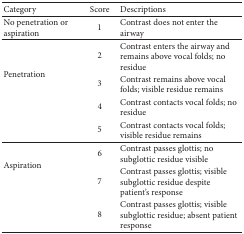
<table><thead><tr><td><b>Category </b></td><td><b>Score </b></td><td><b>Descriptions </b></td></tr></thead><tbody><tr><td>No penetration or aspiration</td><td>1</td><td>Contrast does not enter the airway</td></tr><tr><td rowspan="4">Penetration</td><td>2</td><td>Contrast enters the airway and remains above vocal folds; no residue</td></tr><tr><td>3</td><td>Contrast remains above vocal folds; visible residue remains </td></tr><tr><td>4</td><td>Contrast contacts vocal folds; no residue </td></tr><tr><td>5</td><td>Contrast contacts vocal folds; visible residue remains </td></tr><tr><td rowspan="3">Aspiration</td><td>6</td><td>Contrast passes glottis; no subglottic residue visible </td></tr><tr><td>7</td><td>Contrast passes glottis; visible subglottic residue despite patient&#x27;s response </td></tr><tr><td>8</td><td>Contrast passes glottis; visible subglottic residue; absent patient response </td></tr></tbody></table>